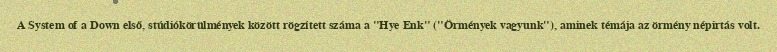
A System of a Down első, stúdiókörülmények között rögzített száma a "Hye Enk" ("Örmények vagyunk"), aminek témája az örmény népirtás volt.